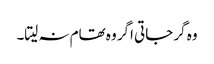
وہ گر جاتی اگر وہ تھام نہ لیتا۔